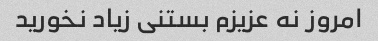
امروز نه عزیزم بستنی زیاد نخورید